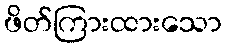
ဖိတ်ကြားထားသော